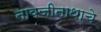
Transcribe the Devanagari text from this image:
नावजीनाथाचे